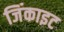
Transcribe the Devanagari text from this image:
जिंकाइट